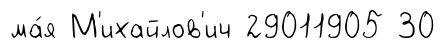
ма́я М'ихайлов'ич 29011905 30